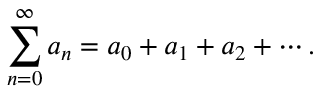
\sum _ { n = 0 } ^ { \infty } a _ { n } = a _ { 0 } + a _ { 1 } + a _ { 2 } + \cdots .